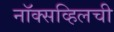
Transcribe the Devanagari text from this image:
नॉक्सव्हिलची